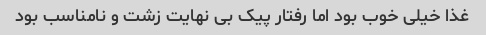
غذا خیلی خوب بود اما رفتار پیک بی نهایت زشت و نامناسب بود